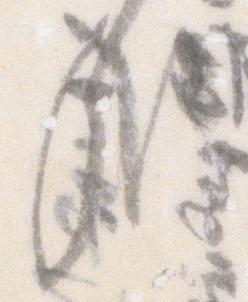
哉